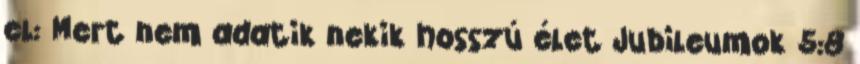
el: Mert nem adatik nekik hosszú élet Jubileumok 5:8